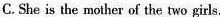
C.She is the mother of the two girls.